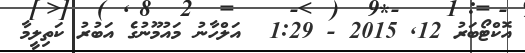
އޮކްޓޯބަރު 12